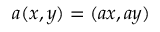
a ( x , y ) = ( a x , a y )